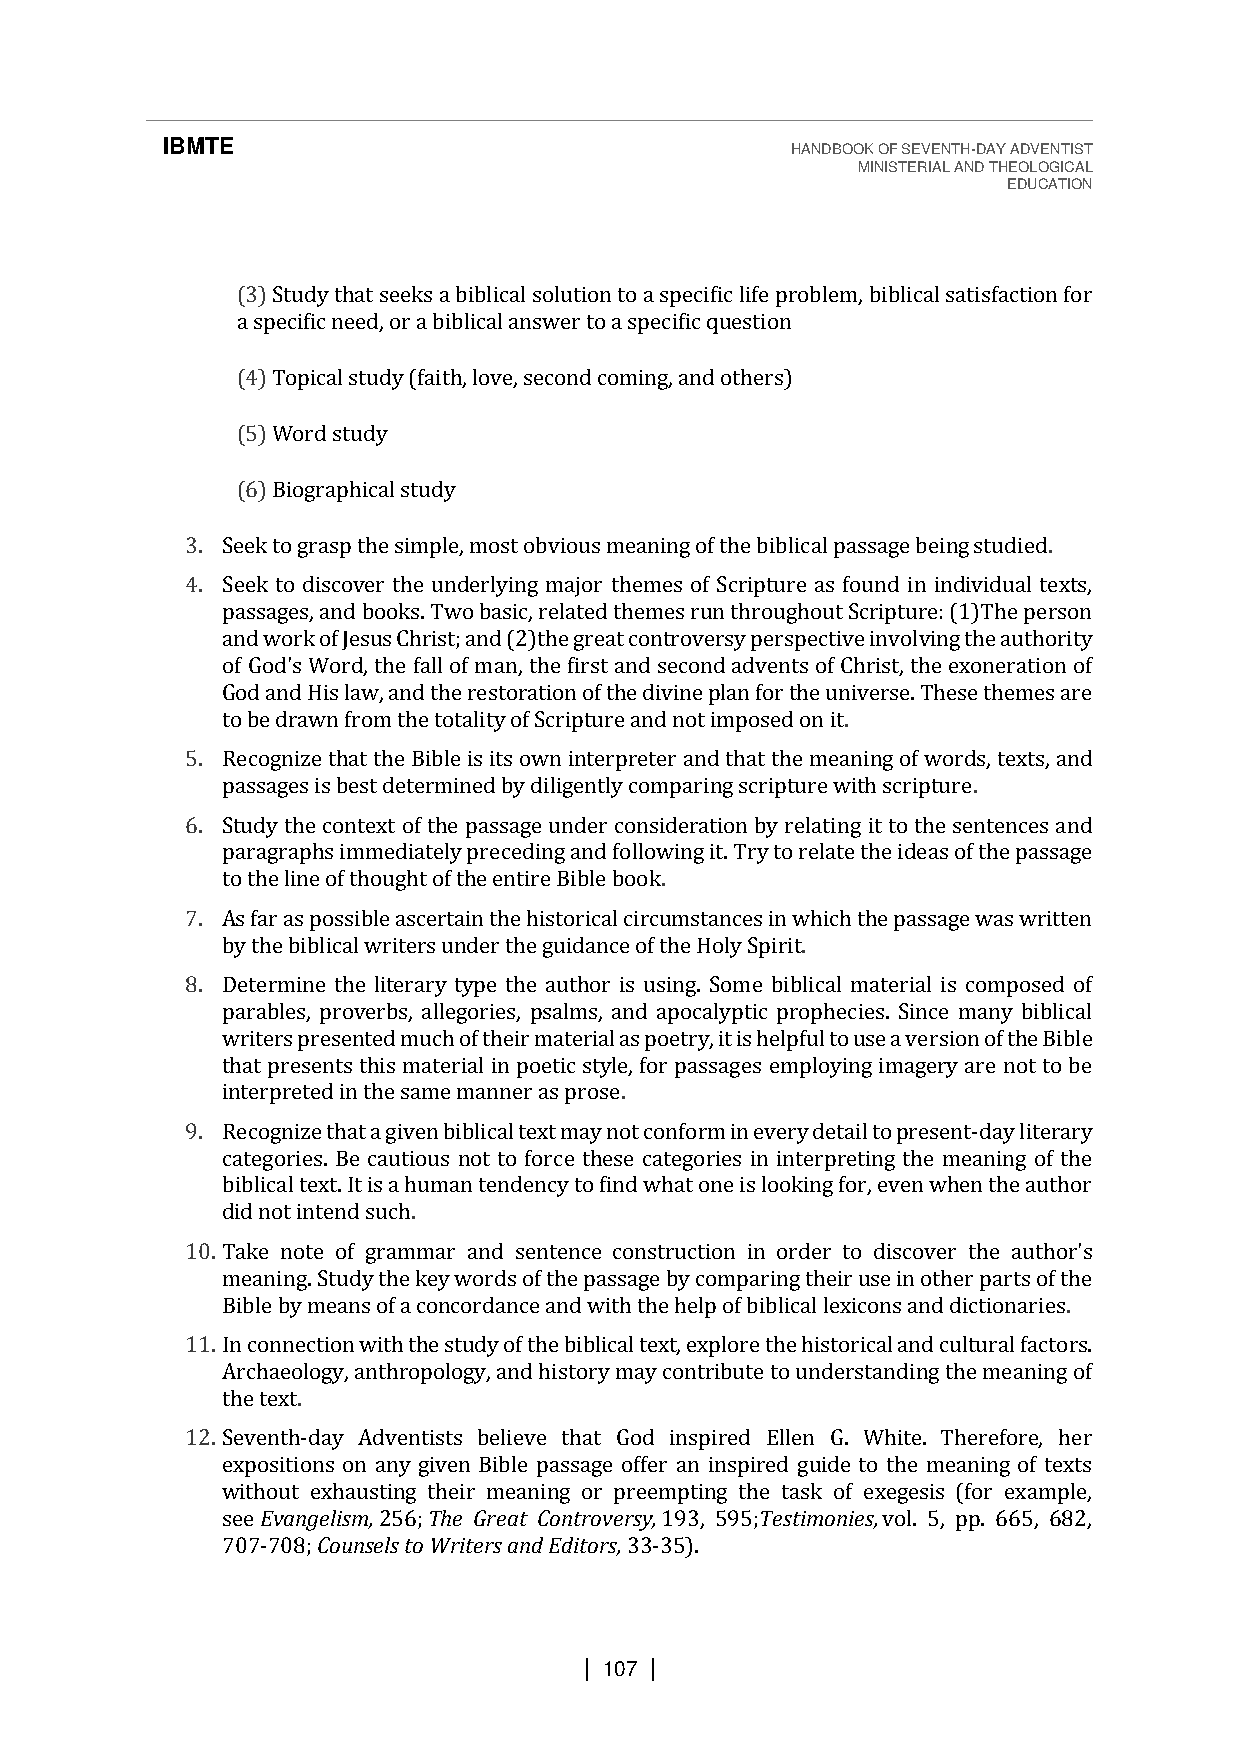
IBMTE                                    HANDBOOK OF SEVENTH-DAY ADVENTIST
 MINISTERIAL AND THEOLOGICAL
 EDUCATION
 (3) Study that seeks a biblical solution to a specific life problem, biblical satisfaction for
 a specific need, or a biblical answer to a specific question
 (4) Topical study (faith, love, second coming, and others)
 (5) Word study
 (6) Biographical study
 3. Seek to grasp the simple, most obvious meaning of the biblical passage being studied.
 4. Seek to discover the underlying major themes of Scripture as found in individual texts,
 passages, and books. Two basic, related themes run throughout Scripture: (1)The person
 and work of Jesus Christ; and (2)the great controversy perspective involving the authority
 of God's Word, the fall of man, the first and second advents of Christ, the exoneration of
 God and His law, and the restoration of the divine plan for the universe. These themes are
 to be drawn from the totality of Scripture and not imposed on it.
 5. Recognize that the Bible is its own interpreter and that the meaning of words, texts, and
 passages is best determined by diligently comparing scripture with scripture.
 6. Study the context of the passage under consideration by relating it to the sentences and
 paragraphs immediately preceding and following it. Try to relate the ideas of the passage
 to the line of thought of the entire Bible book.
 7. As far as possible ascertain the historical circumstances in which the passage was written
 by the biblical writers under the guidance of the Holy Spirit.
 8. Determine the literary type the author is using. Some biblical material is composed of
 parables, proverbs, allegories, psalms, and apocalyptic prophecies. Since many biblical
 writers presented much of their material as poetry, it is helpful to use a version of the Bible
 that presents this material in poetic style, for passages employing imagery are not to be
 interpreted in the same manner as prose.
 9. Recognize that a given biblical text may not conform in every detail to present-day literary
 categories. Be cautious not to force these categories in interpreting the meaning of the
 biblical text. It is a human tendency to find what one is looking for, even when the author
 did not intend such.
 10. Take note of grammar and sentence construction in order to discover the author's
 meaning. Study the key words of the passage by comparing their use in other parts of the
 Bible by means of a concordance and with the help of biblical lexicons and dictionaries.
 11. In connection with the study of the biblical text, explore the historical and cultural factors.
 Archaeology, anthropology, and history may contribute to understanding the meaning of
 the text.
 12. Seventh-day Adventists believe that God inspired Ellen G. White. Therefore, her
 expositions on any given Bible passage offer an inspired guide to the meaning of texts
 without exhausting their meaning or preempting the task of exegesis (for example,
 see Evangelism, 256; The Great Controversy, 193, 595;Testimonies, vol. 5, pp. 665, 682,
 707-708; Counsels to Writers and Editors, 33-35).
 | 107 |